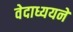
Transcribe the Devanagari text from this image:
वेदाध्ययने